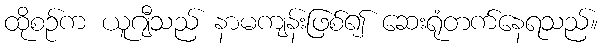
ထိုစဉ်က ယူဂျီသည် နာမကျန်းဖြစ်၍ ဆေးရုံတက်နေရသည်။